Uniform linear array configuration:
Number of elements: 24
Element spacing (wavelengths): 0.25
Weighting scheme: uniform
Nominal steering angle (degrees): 0
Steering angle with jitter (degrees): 0.6263
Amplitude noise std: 0.05
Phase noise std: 0.05

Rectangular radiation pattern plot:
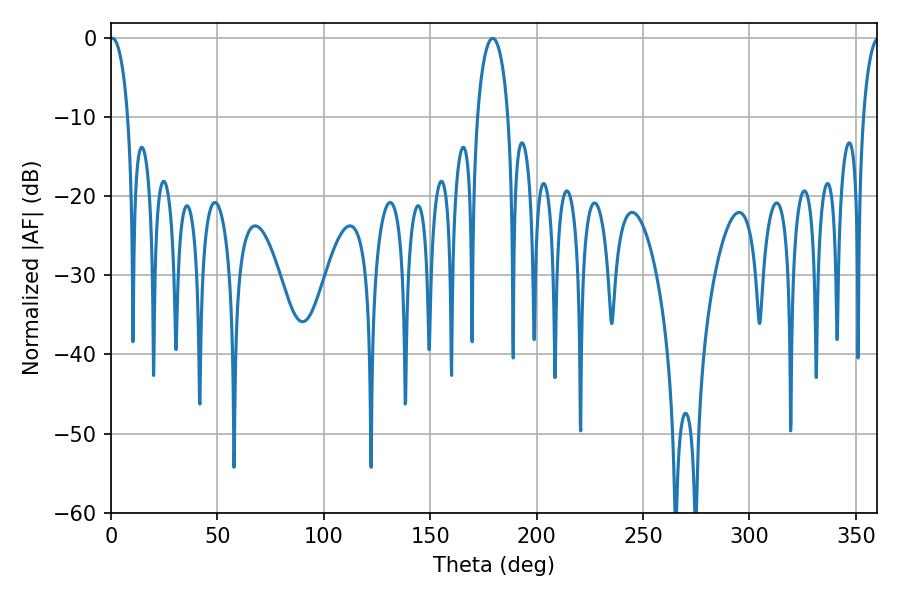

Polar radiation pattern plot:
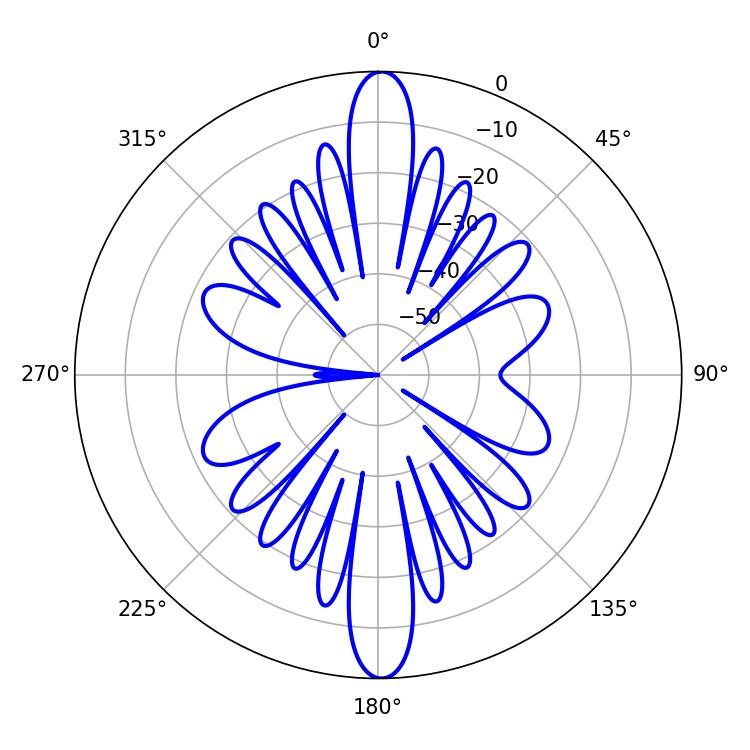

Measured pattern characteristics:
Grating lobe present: FALSE
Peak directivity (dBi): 28.679
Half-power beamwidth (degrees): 4.86
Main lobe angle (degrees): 0.72